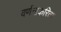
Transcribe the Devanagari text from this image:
वर्णनाकरिता